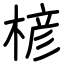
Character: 楌